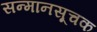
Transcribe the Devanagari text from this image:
सन्मानसूचक